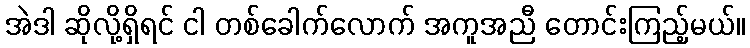
အဲဒါ ဆိုလို့ရှိရင် ငါ တစ်ခေါက်လောက် အကူအညီ တောင်းကြည့်မယ်။